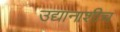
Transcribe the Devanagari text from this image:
उद्यानाशीच